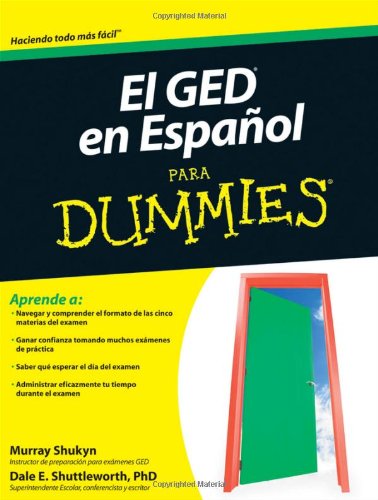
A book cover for El GED en Espanol Para Dummies; Murray Shukyn; Test Preparation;